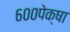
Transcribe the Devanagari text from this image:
६००पेक्षा